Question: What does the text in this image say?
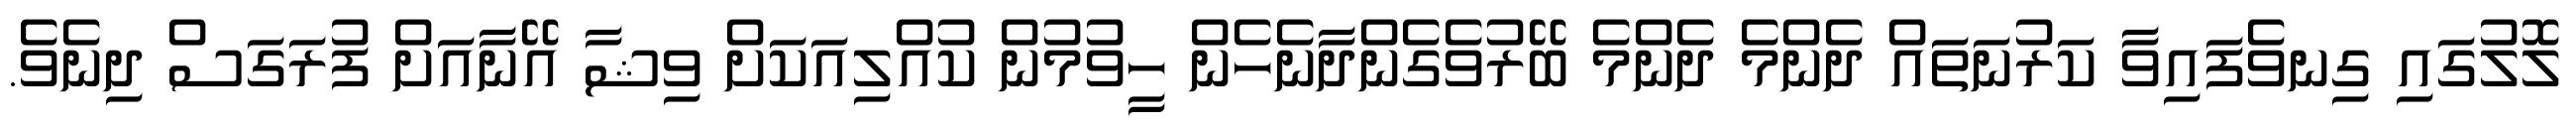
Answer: ލޮލުގައި ގިނވެފައިވާ ކަރުނަތައް ދެންމެ ދެންމެ ބޭރުވެގެންދާނެހެން ހީވުމުން ކުއްލިއަކަށް ވިޝާ އޭނާއަށް ފުރަގަސް ދިނެވެ.